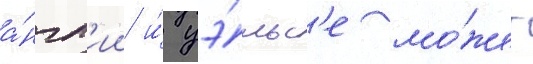
а́нгл'ии и́ уэ́льс'е мо́жет